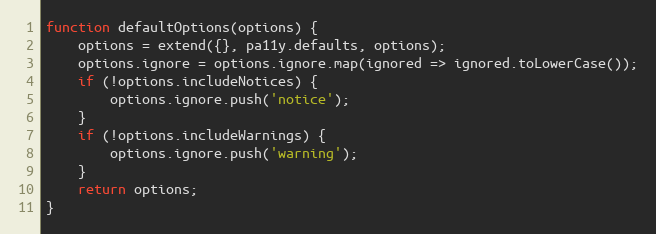
Language: JavaScript
function defaultOptions(options) {
	options = extend({}, pa11y.defaults, options);
	options.ignore = options.ignore.map(ignored => ignored.toLowerCase());
	if (!options.includeNotices) {
		options.ignore.push('notice');
	}
	if (!options.includeWarnings) {
		options.ignore.push('warning');
	}
	return options;
}